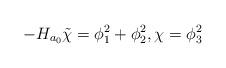
LaTeX: \begin{align*}- H_{a_0} \tilde \chi = \phi_1^2 +\phi_2^2, \chi = \phi_3^2\end{align*}